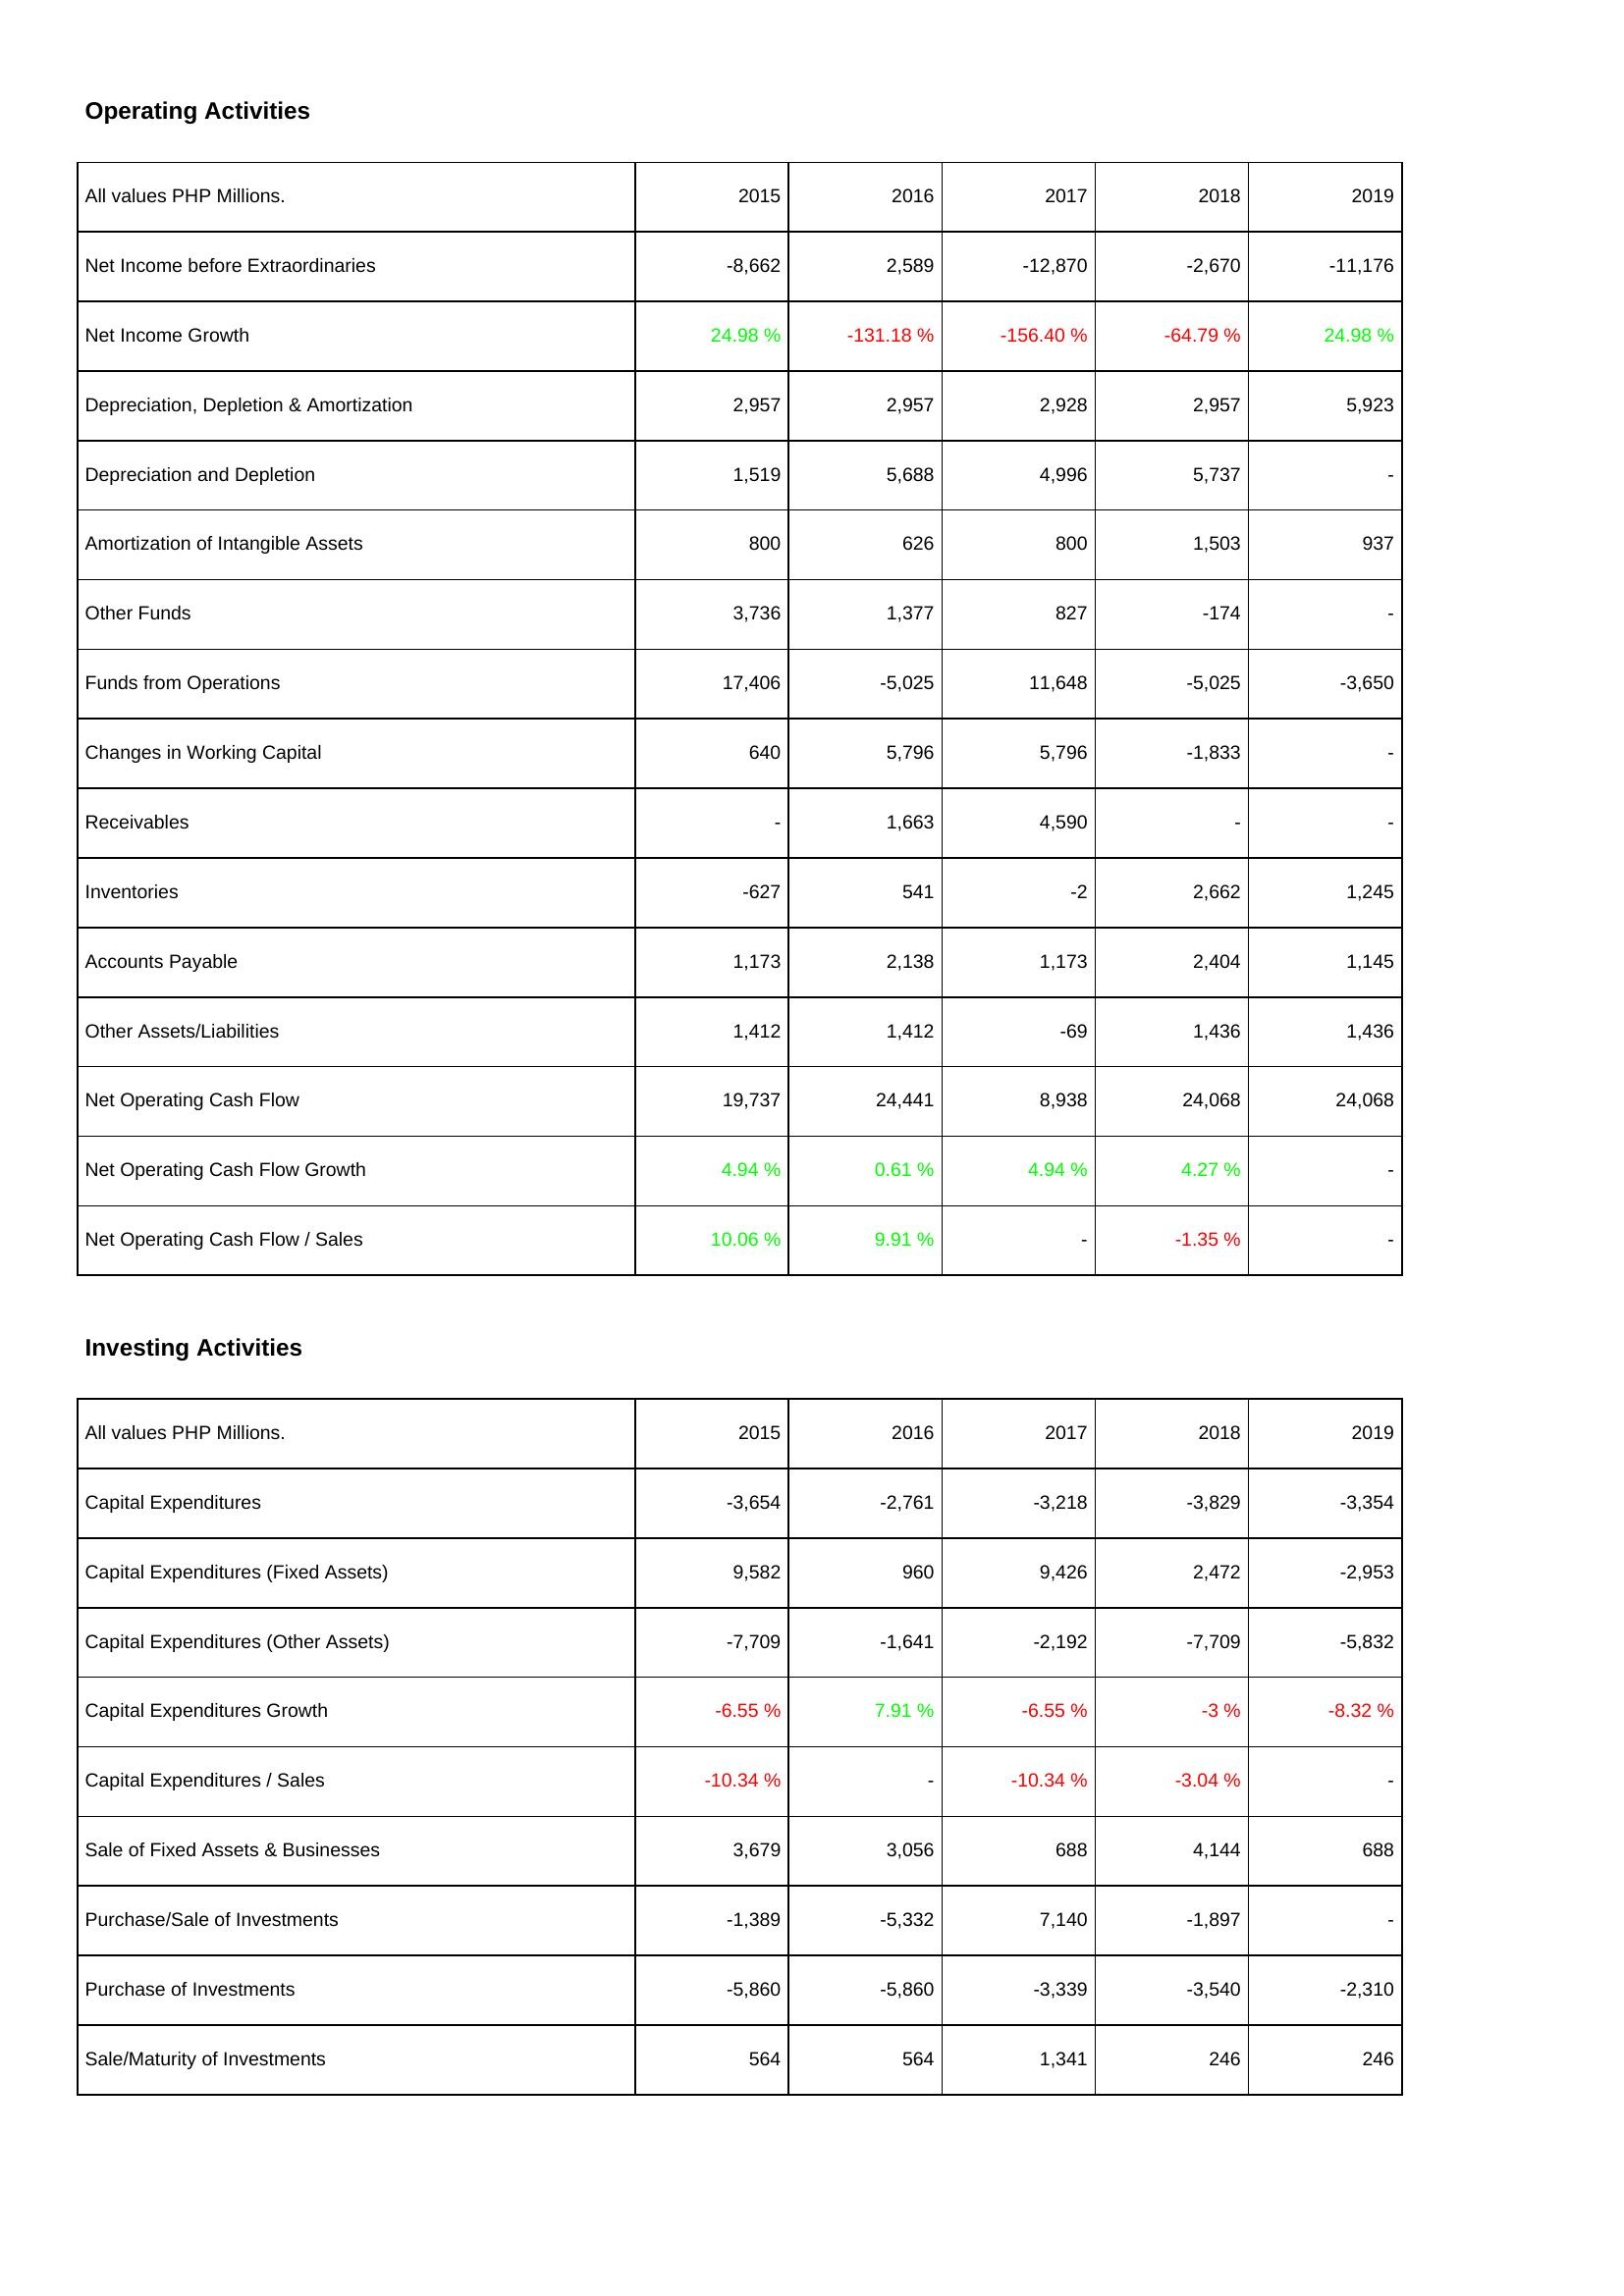
2015: Operating Activities: Net Income before Extraordinaries: -8,662
Net Income Growth: 24.98 %
Depreciation, Depletion & Amortization: 2,957
Depreciation and Depletion: 1,519
Amortization of Intangible Assets: 800
Other Funds: 3,736
Funds from Operations: 17,406
Changes in Working Capital: 640
Receivables: -
Inventories: -627
Accounts Payable: 1,173
Other Assets/Liabilities: 1,412
Net Operating Cash Flow: 19,737
Net Operating Cash Flow Growth: 4.94 %
Net Operating Cash Flow / Sales: 10.06 %
Investing Activities: Capital Expenditures: -3,654
Capital Expenditures (Fixed Assets): 9,582
Capital Expenditures (Other Assets): -7,709
Capital Expenditures Growth: -6.55 %
Capital Expenditures / Sales: -10.34 %
Sale of Fixed Assets & Businesses: 3,679
Purchase/Sale of Investments: -1,389
Purchase of Investments: -5,860
Sale/Maturity of Investments: 564
2016: Operating Activities: Net Income before Extraordinaries: 2,589
Net Income Growth: -131.18 %
Depreciation, Depletion & Amortization: 2,957
Depreciation and Depletion: 5,688
Amortization of Intangible Assets: 626
Other Funds: 1,377
Funds from Operations: -5,025
Changes in Working Capital: 5,796
Receivables: 1,663
Inventories: 541
Accounts Payable: 2,138
Other Assets/Liabilities: 1,412
Net Operating Cash Flow: 24,441
Net Operating Cash Flow Growth: 0.61 %
Net Operating Cash Flow / Sales: 9.91 %
Investing Activities: Capital Expenditures: -2,761
Capital Expenditures (Fixed Assets): 960
Capital Expenditures (Other Assets): -1,641
Capital Expenditures Growth: 7.91 %
Capital Expenditures / Sales: -
Sale of Fixed Assets & Businesses: 3,056
Purchase/Sale of Investments: -5,332
Purchase of Investments: -5,860
Sale/Maturity of Investments: 564
2017: Operating Activities: Net Income before Extraordinaries: -12,870
Net Income Growth: -156.40 %
Depreciation, Depletion & Amortization: 2,928
Depreciation and Depletion: 4,996
Amortization of Intangible Assets: 800
Other Funds: 827
Funds from Operations: 11,648
Changes in Working Capital: 5,796
Receivables: 4,590
Inventories: -2
Accounts Payable: 1,173
Other Assets/Liabilities: -69
Net Operating Cash Flow: 8,938
Net Operating Cash Flow Growth: 4.94 %
Net Operating Cash Flow / Sales: -
Investing Activities: Capital Expenditures: -3,218
Capital Expenditures (Fixed Assets): 9,426
Capital Expenditures (Other Assets): -2,192
Capital Expenditures Growth: -6.55 %
Capital Expenditures / Sales: -10.34 %
Sale of Fixed Assets & Businesses: 688
Purchase/Sale of Investments: 7,140
Purchase of Investments: -3,339
Sale/Maturity of Investments: 1,341
2018: Operating Activities: Net Income before Extraordinaries: -2,670
Net Income Growth: -64.79 %
Depreciation, Depletion & Amortization: 2,957
Depreciation and Depletion: 5,737
Amortization of Intangible Assets: 1,503
Other Funds: -174
Funds from Operations: -5,025
Changes in Working Capital: -1,833
Receivables: -
Inventories: 2,662
Accounts Payable: 2,404
Other Assets/Liabilities: 1,436
Net Operating Cash Flow: 24,068
Net Operating Cash Flow Growth: 4.27 %
Net Operating Cash Flow / Sales: -1.35 %
Investing Activities: Capital Expenditures: -3,829
Capital Expenditures (Fixed Assets): 2,472
Capital Expenditures (Other Assets): -7,709
Capital Expenditures Growth: -3 %
Capital Expenditures / Sales: -3.04 %
Sale of Fixed Assets & Businesses: 4,144
Purchase/Sale of Investments: -1,897
Purchase of Investments: -3,540
Sale/Maturity of Investments: 246
2019: Operating Activities: Net Income before Extraordinaries: -11,176
Net Income Growth: 24.98 %
Depreciation, Depletion & Amortization: 5,923
Depreciation and Depletion: -
Amortization of Intangible Assets: 937
Other Funds: -
Funds from Operations: -3,650
Changes in Working Capital: -
Receivables: -
Inventories: 1,245
Accounts Payable: 1,145
Other Assets/Liabilities: 1,436
Net Operating Cash Flow: 24,068
Net Operating Cash Flow Growth: -
Net Operating Cash Flow / Sales: -
Investing Activities: Capital Expenditures: -3,354
Capital Expenditures (Fixed Assets): -2,953
Capital Expenditures (Other Assets): -5,832
Capital Expenditures Growth: -8.32 %
Capital Expenditures / Sales: -
Sale of Fixed Assets & Businesses: 688
Purchase/Sale of Investments: -
Purchase of Investments: -2,310
Sale/Maturity of Investments: 246